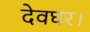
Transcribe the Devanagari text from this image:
देवघर।